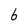
Character: b